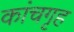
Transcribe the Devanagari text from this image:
कांचगृह